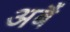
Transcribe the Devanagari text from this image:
अबैं